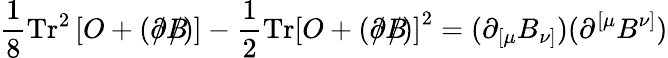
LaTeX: \frac{1}{8}\mathrm{Tr}^{2}\left[O+\left(\partial\! \! \! /B\! \! \! \! /\right)\right]-\frac{1}{2}\mathrm{Tr}\left[O+\left(\partial\! \! \! /B\! \! \! \! /\right)\right]^{2}=(\partial_{\lbrack\mu}B_{\nu]})(\partial^{\lbrack\mu}B^{\nu]})